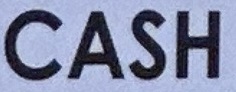
CASH